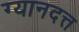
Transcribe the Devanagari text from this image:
ग्यानदत्त